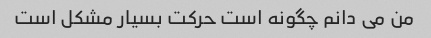
من می دانم چگونه است حرکت بسیار مشکل است